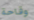
وقاحة